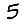
Digit: 5